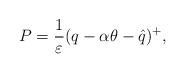
LaTeX: \begin{align*}P=\frac{1}{\varepsilon}(q-\alpha\theta-\hat q)^+,\end{align*}